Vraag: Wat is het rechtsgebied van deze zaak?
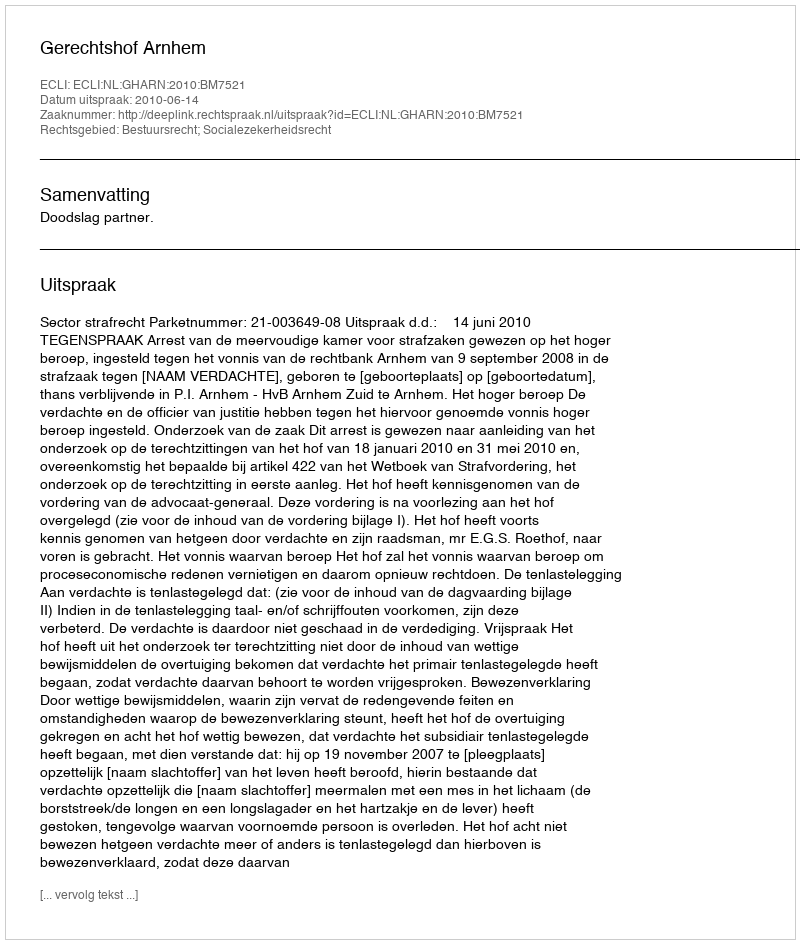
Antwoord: Bestuursrecht; Socialezekerheidsrecht